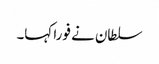
سلطان نے فورا کہا۔